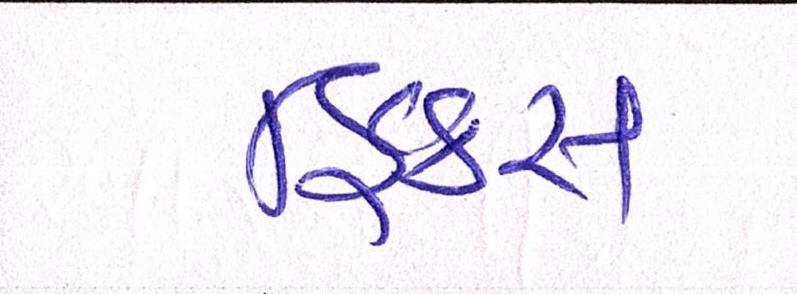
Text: ફિક્સ